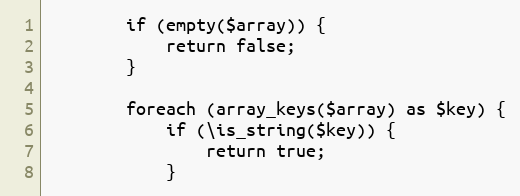
Language: PHP
        if (empty($array)) {
            return false;
        }

        foreach (array_keys($array) as $key) {
            if (\is_string($key)) {
                return true;
            }